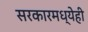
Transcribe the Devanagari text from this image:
सरकारमध्येही